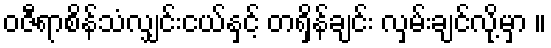
ဝဇီရာစိန်သံလျှင်းငယ်နှင့် တရှိန်ချင်း လှမ်းချင်လို့မှာ ။